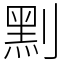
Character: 䵞